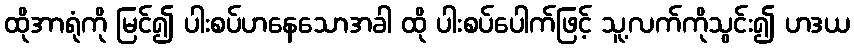
ထိုအာရုံကို မြင်၍ ပါးစပ်ဟနေသောအခါ ထို ပါးစပ်ပေါက်ဖြင့် သူ့လက်ကိုသွင်း၍ ဟဒယ